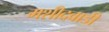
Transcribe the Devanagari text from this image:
मशीदवाडी